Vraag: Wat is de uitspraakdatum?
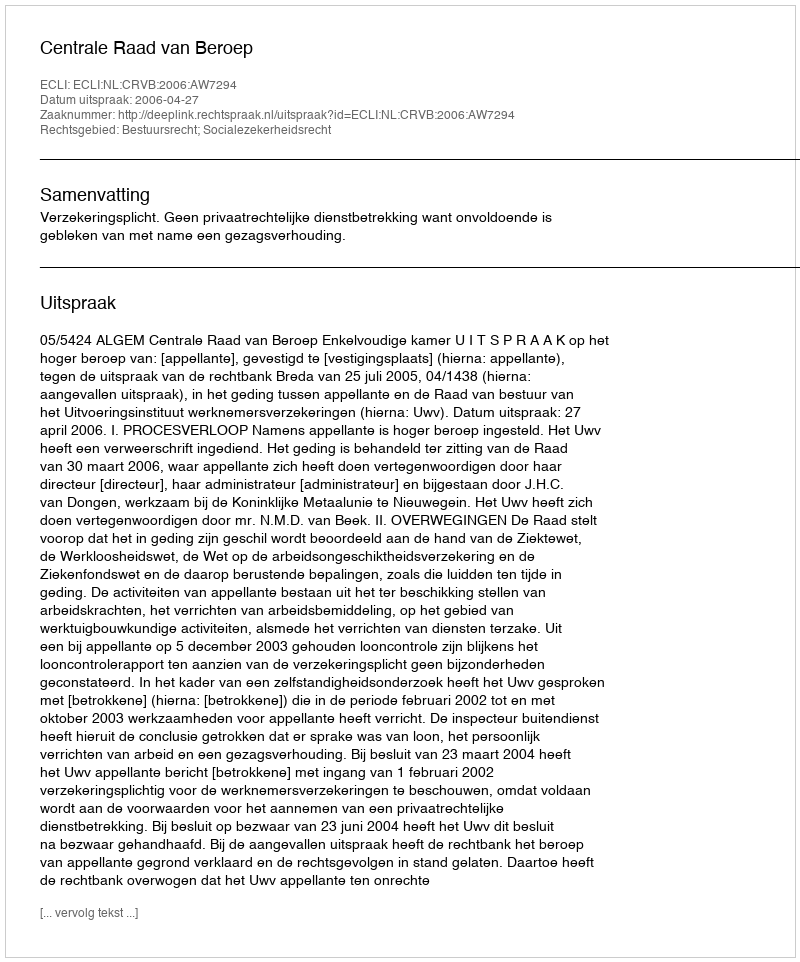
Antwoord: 2006-04-27